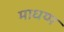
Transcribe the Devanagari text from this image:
माधय्म